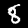
Digit: 8